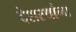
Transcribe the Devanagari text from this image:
देशस्थांना